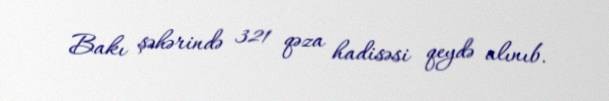
Bakı şəhərində 321 qəza hadisəsi qeydə alınıb.